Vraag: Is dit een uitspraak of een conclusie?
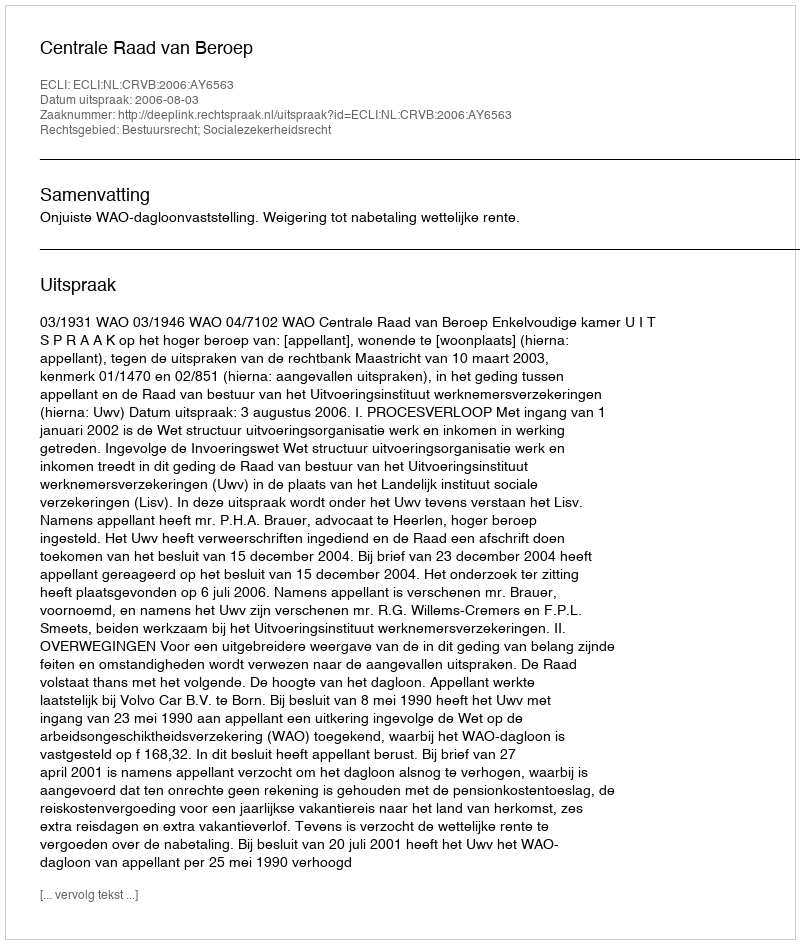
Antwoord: Uitspraak